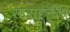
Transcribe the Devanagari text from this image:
साराहनीय